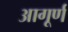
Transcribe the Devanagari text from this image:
आगूर्ण